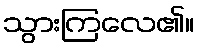
သွားကြလေ၏။